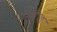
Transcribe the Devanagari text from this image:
प्र्वेश